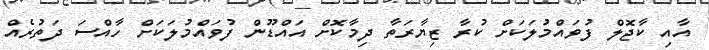
އާއި ކާޖޮލް ފުވައްމުލަކަށް ކުރާ ޒިޔާރަތާ ދިމާކޮށް އައްޑޫން ފުވައްމުލަކަށް ހާއްސަ ދަތުރެއް